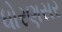
ધોરણસર